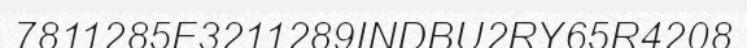
7811285F3211289INDBU2RY65R4208